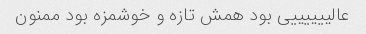
عالییییییی بود همش تازه و خوشمزه بود ممنون